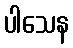
ပါသေန